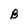
Character: B